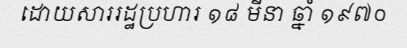
ដោយសាររដ្ឋប្រហារ ១៨ មីនា ឆ្នាំ ១៩៧០